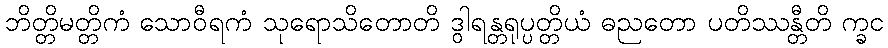
ဘိတ္တိမတ္တိကံ သောဝီရကံ သုရောသိတောတိ ဒွါရန္တရုပ္ပတ္တိယံ ဓညတော ပတိဿန္တီတိ က္ခင